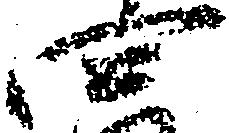
四